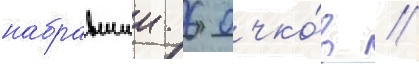
набравшии 6 очко́в //